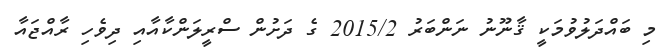
މި ބައްދަލުވުމަކީ ޤާނޫނު ނަންބަރު 2015/2 ގެ ދަށުން ސްރީލަންކާއާއި ދިވެހި ރާއްޖައާ